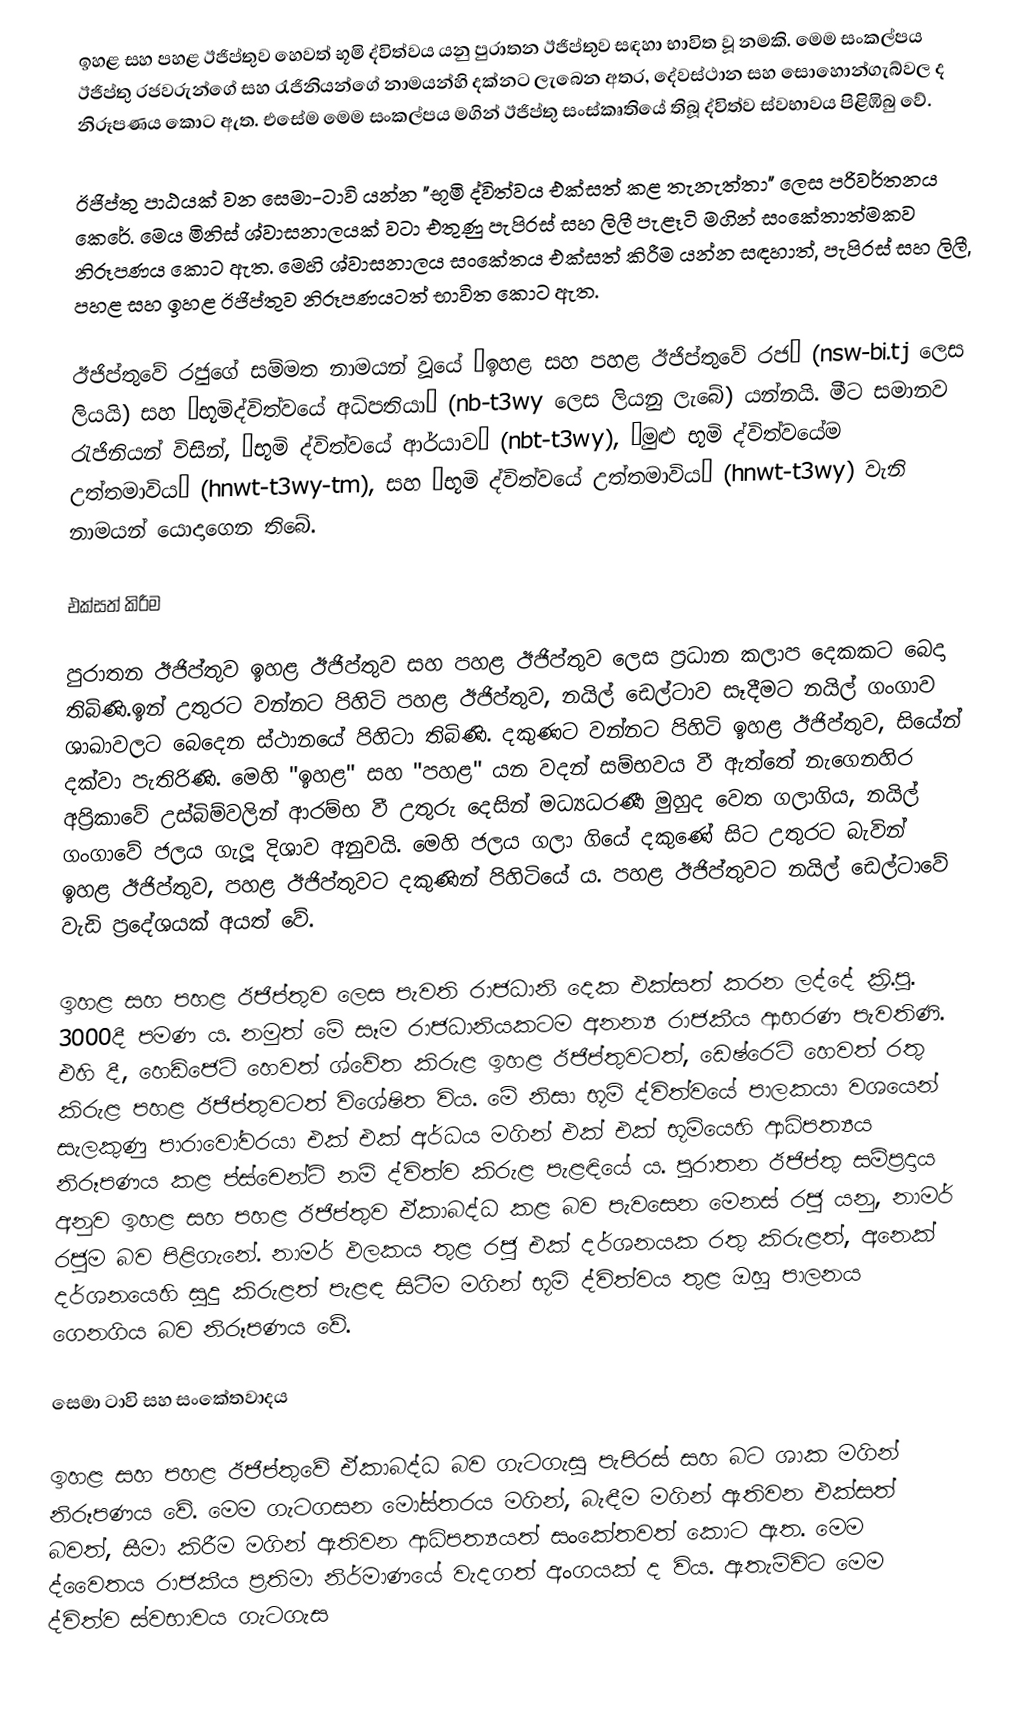
ඉහළ සහ පහළ ඊජිප්තුව හෙවත් භූමි ද්විත්වය යනු පුරාතන ඊජිප්තුව සඳහා භාවිත වූ නමකි. මෙම සංකල්පය ඊජිප්තු රජවරුන්ගේ සහ රැජිනියන්ගේ නාමයන්හි දක්නට ලැබෙන අතර, දේවස්ථාන සහ සොහොන්ගැබ්වල ද නිරූපණය කොට ඇත. එසේම මෙම සංකල්පය මගින් ඊජිප්තු සංස්කෘතියේ තිබූ ද්විත්ව ස්වභාවය පිළිඹිබු වේ.

ඊජිප්තු පාඨයක් වන සෙමා-ටාවි යන්න "භූමි ද්විත්වය එක්සත් කළ තැනැත්තා" ලෙස පරිවර්තනය කෙරේ. මෙය මිනිස් ශ්වාසනාලයක් වටා එතුණු පැපිරස් සහ ලිලී පැළෑටි මගින් සංකේතාත්මකව නිරූපණය කොට ඇත. මෙහි ශ්වාසනාලය සංකේතය එක්සත් කිරීම යන්න සඳහාත්, පැපිරස් සහ ලිලී, පහළ සහ ඉහළ ඊජිප්තුව නිරූපණයටත් භාවිත කොට ඇත.

ඊජිප්තුවේ රජුගේ සම්මත නාමයන් වූයේ “ඉහළ සහ පහළ ඊජිප්තුවේ රජ” (nsw-bi.tj ලෙස ලියයි) සහ “භූමිද්විත්වයේ අධිපතියා” (nb-t3wy ලෙස ලියනු ලැබේ) යන්නයි. මීට සමානව රැජිනියන් විසින්, “භූමි ද්විත්වයේ ආර්යාව” (nbt-t3wy), “මුළු භූමි ද්විත්වයේම උත්තමාවිය” (hnwt-t3wy-tm), සහ “භූමි ද්විත්වයේ උත්තමාවිය” (hnwt-t3wy) වැනි නාමයන් යොදාගෙන තිබේ.

එක්සත් කිරීම

පුරාතන ඊජිප්තුව ඉහළ ඊජිප්තුව සහ පහළ ඊජිප්තුව ලෙස ප්‍රධාන කලාප දෙකකට බෙදා තිබිණි.ඉන් උතුරට වන්නට පිහිටි පහළ ඊජිප්තුව, නයිල් ඩෙල්ටාව සෑදීමට නයිල් ගංගාව ශාඛාවලට බෙදෙන ස්ථානයේ පිහිටා තිබිණි. දකුණට වන්නට පිහිටි ඉහළ ඊජිප්තුව, සියේන් දක්වා පැතිරිණි. මෙහි "ඉහළ" සහ "පහළ" යන වදන් සම්භවය වී ඇත්තේ නැගෙනහිර අප්‍රිකාවේ උස්බිම්වලින් ආරම්භ වී උතුරු දෙසින් මධ්‍යධරණී මුහුද වෙත ගලාගිය, නයිල් ගංගාවේ ජලය ගැලූ දිශාව අනුවයි. මෙහි ජලය ගලා ගියේ දකුණේ සිට උතුරට බැවින් ඉහළ ඊජිප්තුව, පහළ ඊජිප්තුවට දකුණින් පිහිටියේ ය. පහළ ඊජිප්තුවට නයිල් ඩෙල්ටාවේ වැඩි ප්‍රදේශයක් අයත් වේ.

ඉහළ සහ පහළ ඊජිප්තුව ලෙස පැවති රාජධානි දෙක එක්සත් කරන ලද්දේ ක්‍රි.පූ. 3000දී පමණ ය. නමුත් මේ සෑම රාජධානියකටම අනන්‍ය රාජකීය ආභරණ පැවතිණි. එහි දී, හෙඩ්ජෙට් හෙවත් ශ්වේත කිරුළ ඉහළ ඊජිප්තුවටත්, ඩෙෂ්රෙට් හෙවත් රතු කිරුළ පහළ ඊජිප්තුවටත් විශේෂිත විය. මේ නිසා භූමි ද්විත්වයේ පාලකයා වශයෙන් සැලකුණු පාරාවෝවරයා එක් එක් අර්ධය මගින් එක් එක් භූමියෙහි ආධිපත්‍යය නිරූපණය කළ ප්‍ස්චෙන්ට් නම් ද්විත්ව කිරුළ පැළඳියේ ය. පුරාතන ඊජිප්තු සම්ප්‍රදාය අනුව ඉහළ සහ පහළ ඊජිප්තුව ඒකාබද්ධ කළ බව පැවසෙන මෙනස් රජු යනු, නාමර් රජුම බව පිළිගැනේ. නාමර් ඵලකය තුළ රජු එක් දර්ශනයක රතු කිරුළත්, අනෙක් දර්ශනයෙහි සුදු කිරුළත් පැළඳ සිටීම මගින් භූමි ද්විත්වය තුළ ඔහු පාලනය ගෙනගිය බව නිරූපණය වේ.

සෙමා ටාවි සහ සංකේතවාදය

ඉහළ සහ පහළ ඊජිප්තුවේ ඒකාබද්ධ බව ගැටගැසූ පැපිරස් සහ බට ශාක මගින් නිරූපණය වේ. මෙම ගැටගසන මෝස්තරය මගින්, බැඳීම මගින් ඇතිවන එක්සත් බවත්, සීමා කිරීම මගින් ඇතිවන ආධිපත්‍යයත් සංකේතවත් කොට ඇත. මෙම ද්වෛතය රාජකීය ප්‍රතිමා නිර්මාණයේ වැදගත් අංගයක් ද විය. ඇතැම්විට මෙම ද්විත්ව ස්වභාවය ගැටගැස